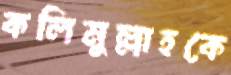
কলিমুল্লাহকে